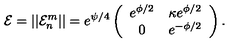
{ \cal E } = | | { \cal E } _ { n } ^ { m } | | = e ^ { \psi / 4 } \left( \begin{array} { c c } { e ^ { \phi / 2 } } & { \kappa e ^ { \phi / 2 } } \\ { 0 } & { e ^ { - \phi / 2 } } \\ \end{array} \right) .